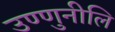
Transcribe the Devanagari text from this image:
उण्णुनीलि